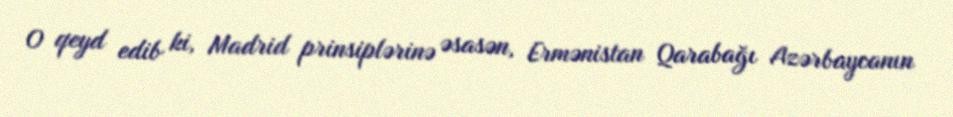
O qeyd edib ki, Madrid prinsiplərinə əsasən, Ermənistan Qarabağı Azərbaycanın